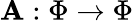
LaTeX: \mathbf{A}:\Phi\rightarrow\Phi